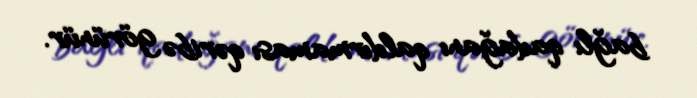
bağlı qadağanı qaldırmaması qəribə görünür.